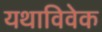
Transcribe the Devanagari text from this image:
यथाविवेक